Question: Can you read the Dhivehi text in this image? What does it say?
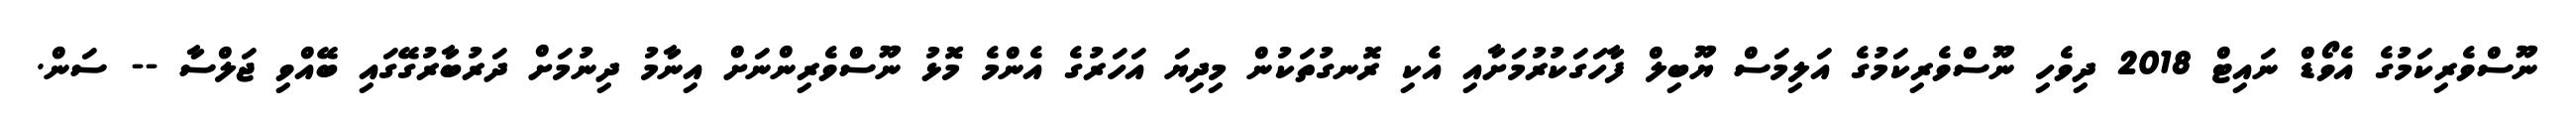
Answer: ނޫސްވެރިކަމުގެ އެވޯޑް ނައިޓް 2018 ދިވެހި ނޫސްވެރިކަމުގެ އަލިމަސް ޔޫބިލް ފާހަގަކުރުމަށާއި އެކި ރޮނގުތަކުން މިދިޔަ އަހަރުގެ އެންމެ މޮޅު ނޫސްވެރިންނަށް އިނާމު ދިނުމަށް ދަރުބާރުގޭގައި ބޭއްވި ޖަލްސާ -- ސަން.